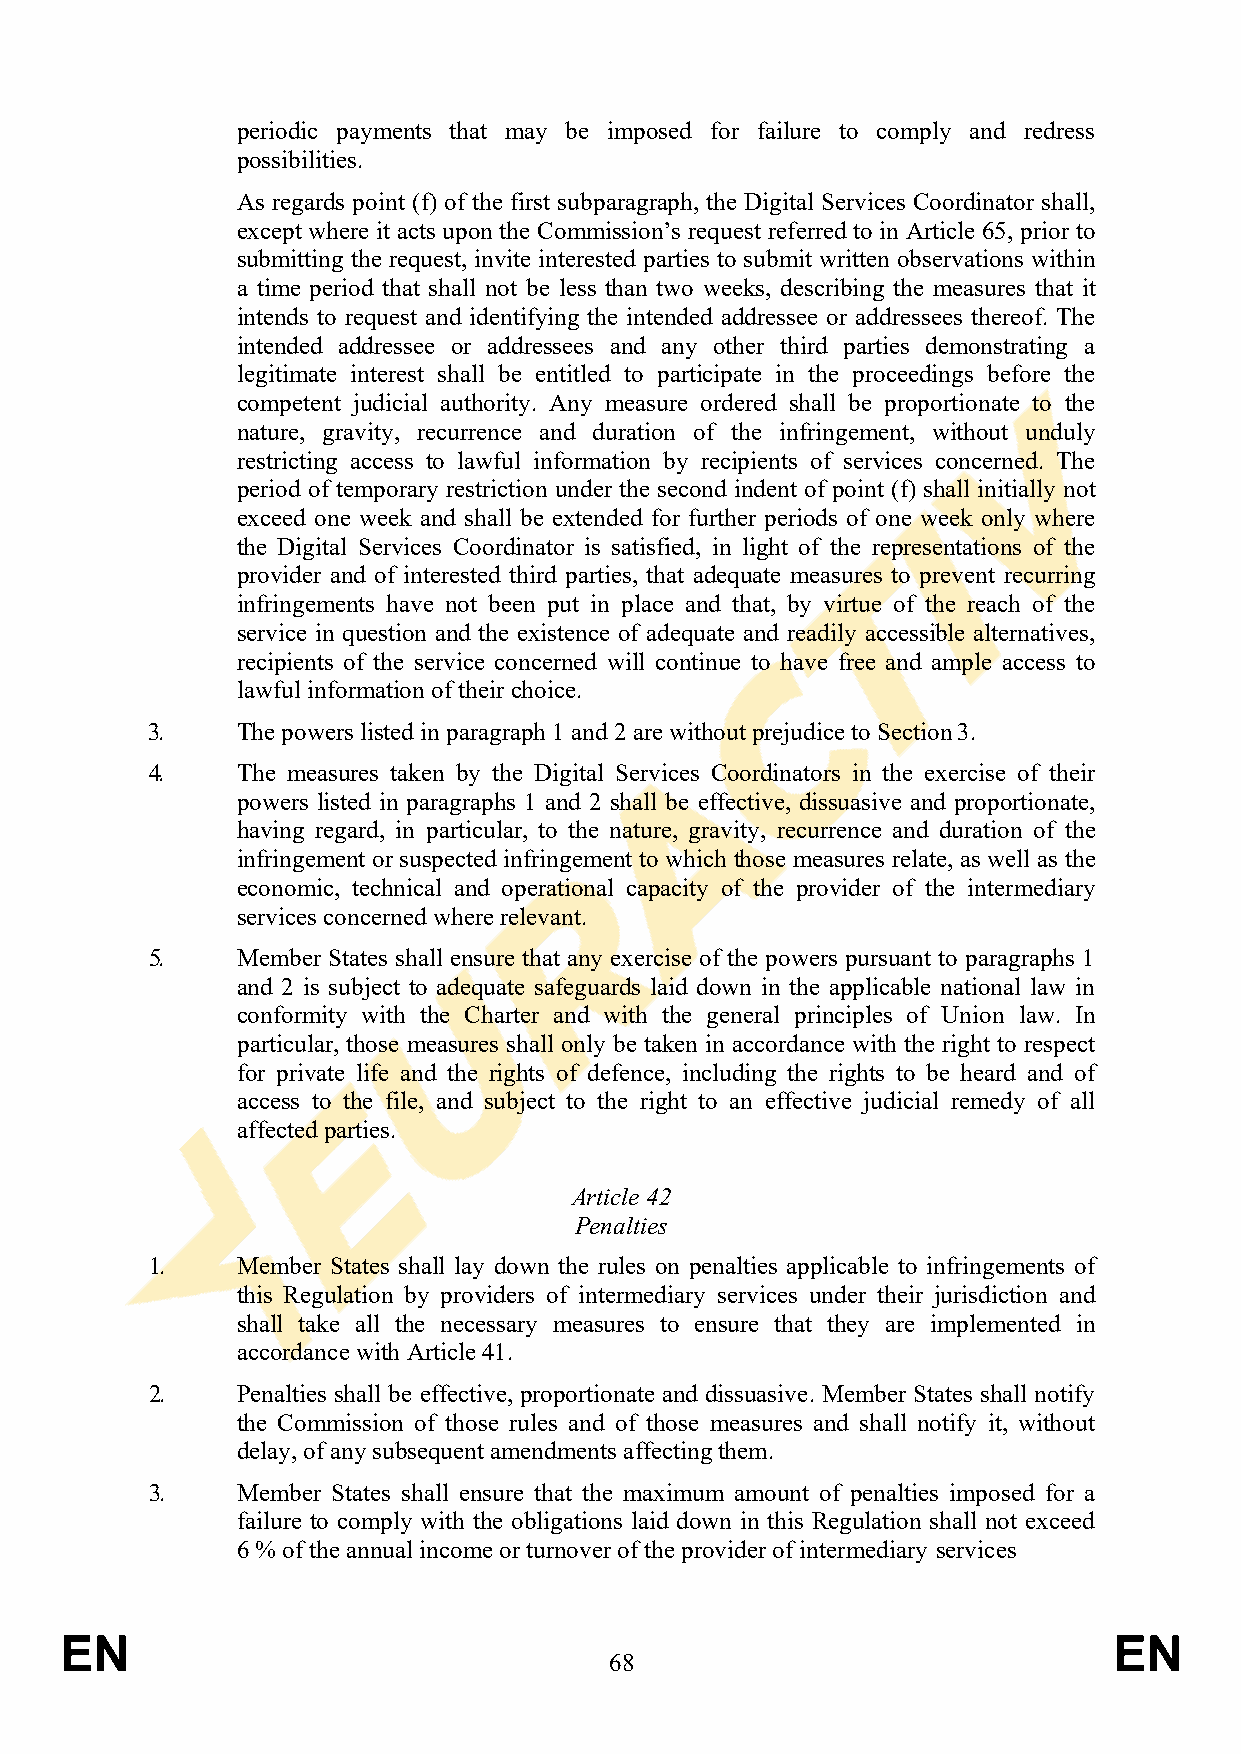
periodic payments that may be imposed for failure to comply and redress
 possibilities.
 As regards point (f) of the first subparagraph, the Digital Services Coordinator shall,
 except where it acts upon the Commission’s request referred to in Article 65, prior to
 submitting the request, invite interested parties to submit written observations within
 a time period that shall not be less than two weeks, describing the measures that it
 intends to request and identifying the intended addressee or addressees thereof. The
 intended addressee or addressees and any other third parties demonstrating a
 legitimate interest shall be entitled to participate in the proceedings before the
 competent judicial authority. Any measure ordered shall be proportionate to the
 nature, gravity, recurrence and duration of the infringement, without unduly
 restricting access to lawful information by recipients of services concerned. The
 period of temporary restriction under the second indent of point (f) shall initially not
 exceed one week and shall be extended for further periods of one week only where
 the Digital Services Coordinator is satisfied, in light of the representations of the
 provider and of interested third parties, that adequate measures to prevent recurring
 infringements have not been put in place and that, by virtue of the reach of the
 service in question and the existence of adequate and readily accessible alternatives,
 recipients of the service concerned will continue to have free and ample access to
 lawful information of their choice.
 3.    The powers listed in paragraph 1 and 2 are without prejudice to Section 3.
 4.    The measures taken by the Digital Services Coordinators in the exercise of their
 powers listed in paragraphs 1 and 2 shall be effective, dissuasive and proportionate,
 having regard, in particular, to the nature, gravity, recurrence and duration of the
 infringement or suspected infringement to which those measures relate, as well as the
 economic, technical and operational capacity of the provider of the intermediary
 services concerned where relevant.
 5.    Member States shall ensure that any exercise of the powers pursuant to paragraphs 1
 and 2 is subject to adequate safeguards laid down in the applicable national law in
 conformity with the Charter and with the general principles of Union law. In
 particular, those measures shall only be taken in accordance with the right to respect
 for private life and the rights of defence, including the rights to be heard and of
 access to the file, and subject to the right to an effective judicial remedy of all
 affected parties.
 Article 42
 Penalties
 1.    Member States shall lay down the rules on penalties applicable to infringements of
 this Regulation by providers of intermediary services under their jurisdiction and
 shall take all the necessary measures to ensure that they are implemented in
 accordance with Article 41.
 2.    Penalties shall be effective, proportionate and dissuasive. Member States shall notify
 the Commission of those rules and of those measures and shall notify it, without
 delay, of any subsequent amendments affecting them.
 3.    Member States shall ensure that the maximum amount of penalties imposed for a
 failure to comply with the obligations laid down in this Regulation shall not exceed
 6 % of the annual income or turnover of the provider of intermediary services
 EN                                                                    EN
 68